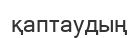
қаптаудың